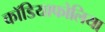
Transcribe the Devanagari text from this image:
कॉडियाफोलिया